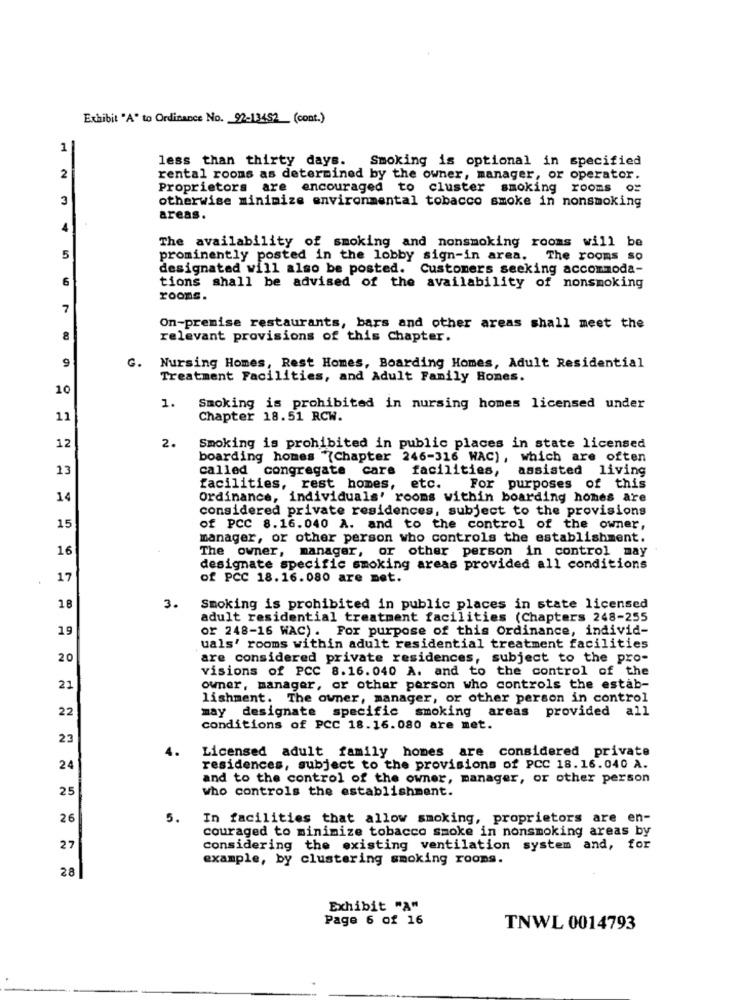
Exhibit "A" to Ordinance No. _ 92-13452_ (cont.)
1
less than thirty days.
Smoking is optional in specified
2
rental rooms as determined by the owner, manager, or operator.
Proprietors are encouraged to cluster smoking rooms or
3
otherwise minimize environmental tobacco smoke in nonsmoking
areas.
4
The availability of smoking and nonsmoking rooms will be
5
prominently posted in the lobby sign-in area. The rooms so
designated will also be posted. Customers seeking accommoda-
6
tions shall be advised of the availability of nonsmoking
rooms.
7
On-premise restaurants, bars and other areas shall meet the
relevant provisions of this Chapter.
G.
9
Nursing Homes, Rest Homes, Boarding Homes, Adult Residential
Treatment Facilities, and Adult Family Homes.
10
1.
Smoking is prohibited in nursing homes licensed under
11
Chapter 18.51 RCW.
2.
12
Smoking is prohibited in public places in state licensed
boarding homes "(Chapter 246-316 WAC), which are often
13
called congregate care facilities, assisted living
facilities, rest homes, etc. For purposes of this
14
Ordinance, individuals' rooms within boarding homes are
considered private residences, subject to the provisions
15
of PCC 8.16.040 A. and to the control of the owner,
manager, or other person who controls the establishment.
16
The owner, manager, or other person in control may
designate specific smoking areas provided all conditions
17
of PCC 18.16.080 are met.
16
3.
Smoking is prohibited in public places in state licensed
adult residential treatment facilities (Chapters 248-255
19
or 248-16 WAC). For purpose of this Ordinance, individ-
uals' rooms within adult residential treatment facilities
20
are considered private residences, subject to the pro-
visions of PCC 8.16.040 A. and to the control of the
21
owner, manager, or other person who controls the estab-
lishment. The owner, manager, or other person in control
22
may designate specific smoking areas provided all
conditions of PCC 18.16.080 are met.
23
4.
Licensed adult family homes are considered private
24
residences, subject to the provisions of PCC 18.16.040 A.
and to the control of the owner, manager, or other person
25
who controls the establishment.
26
5.
In facilities that allow smoking, proprietors are en-
couraged to minimize tobacco smoke in nonsmoking areas by
27
considering the existing ventilation system and, for
example, by clustering smoking rooms.
28
Exhibit "A"
Page 6 of 16
TNWL 0014793